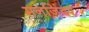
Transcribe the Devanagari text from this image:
मनजिंदर